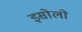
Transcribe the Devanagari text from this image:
इसोलो